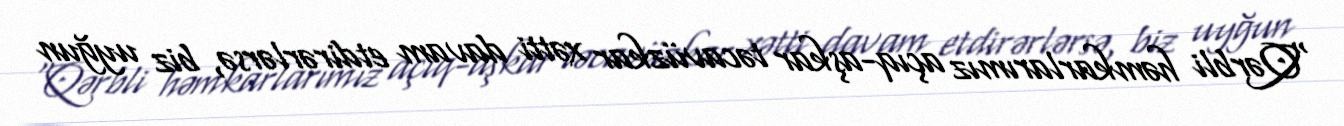
“Qərbli həmkarlarımız açıq-aşkar təcavüzkar xətti davam etdirərlərsə, biz uyğun